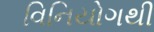
વિનિયોગથી